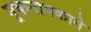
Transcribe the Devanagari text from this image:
मूकनायकाने